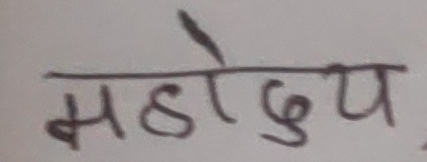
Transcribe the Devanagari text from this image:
महोदय